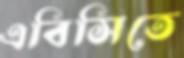
এবিসিতে